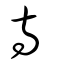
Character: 寺